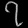
Digit: ၇